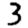
Digit: 3